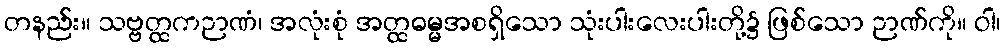
တနည်း။ သဗ္ဗတ္ထကဉာဏံ၊ အလုံးစုံ အတ္ထဓမ္မအစရှိသော သုံးပါးလေးပါးတို့၌ ဖြစ်သော ဉာဏ်ကို။ ဝါ၊